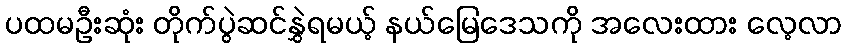
ပထမဦးဆုံး တိုက်ပွဲဆင်နွှဲရမယ့် နယ်မြေဒေသကို အလေးထား လေ့လာ